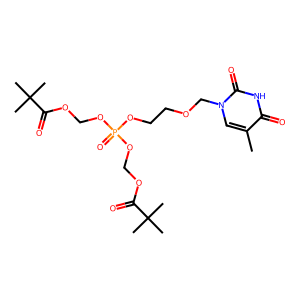
SMILES: Cc1cn(COCCOP(=O)(OCOC(=O)C(C)(C)C)OCOC(=O)C(C)(C)C)c(=O)[nH]c1=O
Inhibits HIV replication: No